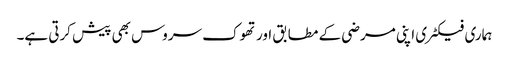
ہماری فیکٹری اپنی مرضی کے مطابق اور تھوک سروس بھی پیش کرتی ہے۔